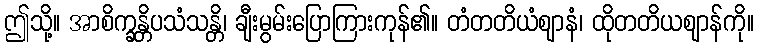
ဤသို့။ အာစိက္ခန္တိပသံသန္တိ၊ ချီးမွမ်းပြောကြားကုန်၏။ တံတတိယံဈာနံ၊ ထိုတတိယဈာန်ကို။